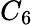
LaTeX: C_{6}